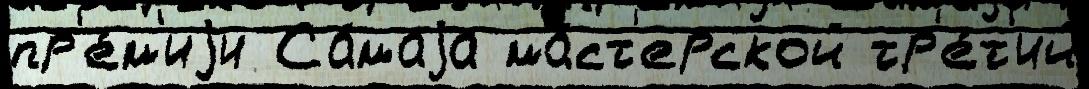
пр'е́м'иjи Са́маjа ма́ст'ерской тр'е́т'ий